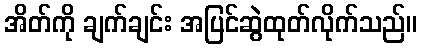
အိတ်ကို ချက်ချင်း အပြင်ဆွဲထုတ်လိုက်သည်။